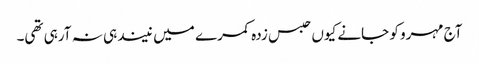
آج مہرو کو جانے کیوں حبس زدہ کمرے میں نیند ہی نہ آرہی تھی۔